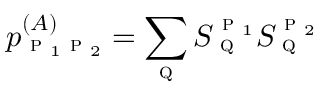
p _ { \textsc { p } _ { 1 } \textsc { p } _ { 2 } } ^ { ( A ) } = \sum _ { \textsc { q } } S _ { \textsc { q } } ^ { \textsc { p } _ { 1 } } S _ { \textsc { q } } ^ { \textsc { p } _ { 2 } }